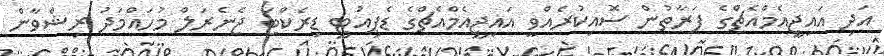
އަދި އައިޖީއެމްއެޗްގެ ފަރާތުން ސޮއިކުރެއްވީ އައިޖީއެމްއެޗްގެ ޑެޕިއުޓީ ޑިރެކްޓަ ޖެނެރަލް މުހައްމަދު ރިޝްވާން